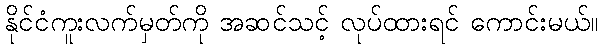
နိုင်ငံကူးလက်မှတ်ကို အဆင်သင့် လုပ်ထားရင် ကောင်းမယ်။